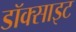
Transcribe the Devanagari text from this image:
डॉक्साइट